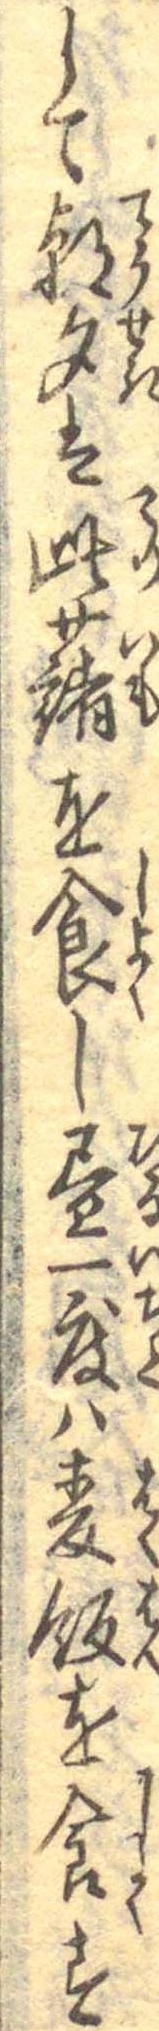
して朝夕は此藷を食し昼一度は麦飯を食す